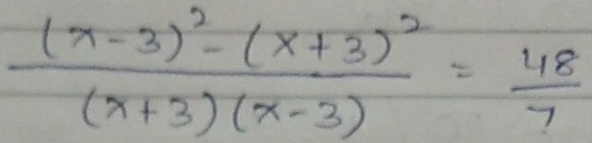
\(\frac{(x - 3)^{2}-(x + 3)^{2}}{(x + 3)(x - 3)}=\frac{48}{7}\)